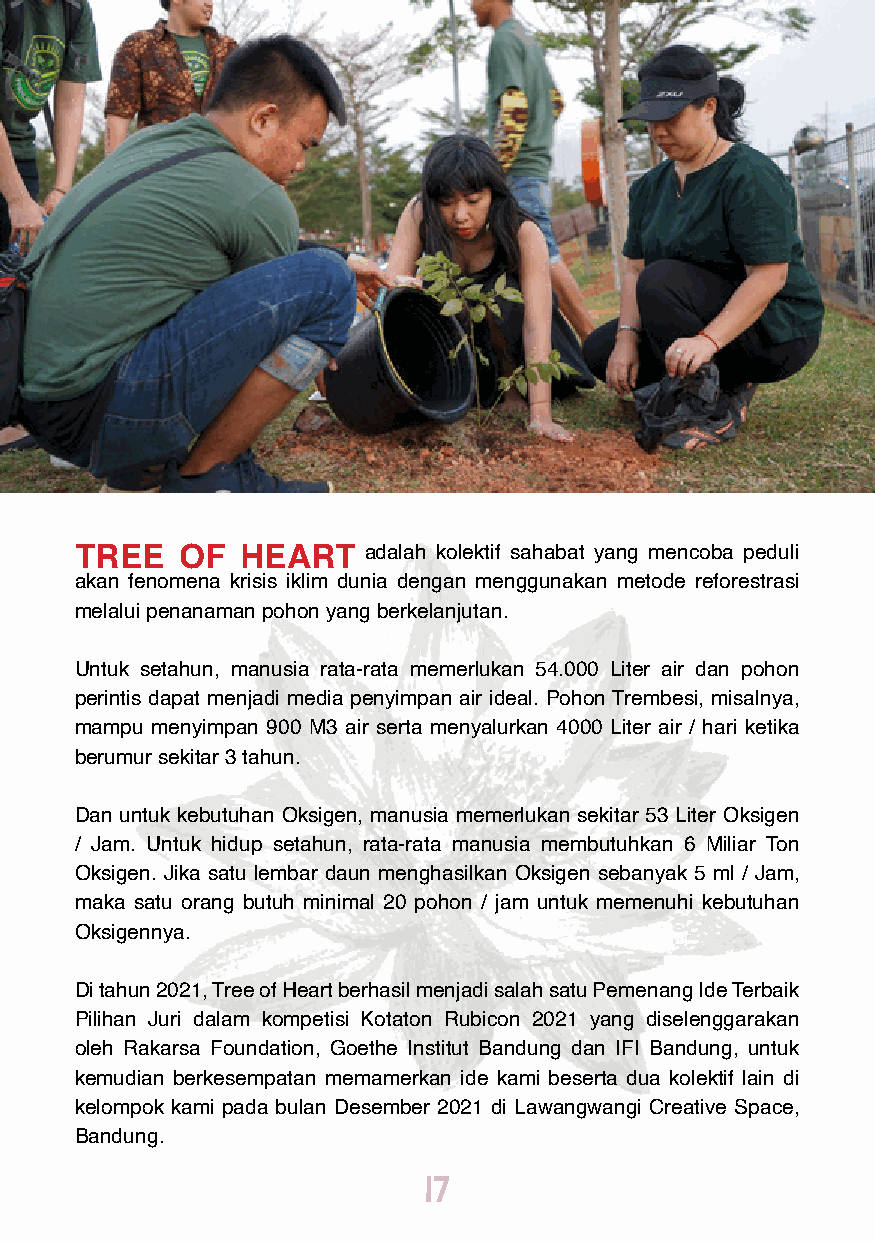
TREE   OF  HEART   adalah kolektif sahabat yang mencoba peduli
 akan fenomena krisis iklim dunia dengan menggunakan metode reforestrasi
 melalui penanaman pohon yang berkelanjutan.
 Untuk setahun, manusia rata-rata memerlukan 54.000 Liter air dan pohon
 perintis dapat menjadi media penyimpan air ideal. Pohon Trembesi, misalnya,
 mampu menyimpan 900 M3 air serta menyalurkan 4000 Liter air / hari ketika
 berumur sekitar 3 tahun.
 Dan untuk kebutuhan Oksigen, manusia memerlukan sekitar 53 Liter Oksigen
 / Jam. Untuk hidup setahun, rata-rata manusia membutuhkan 6 Miliar Ton
 Oksigen. Jika satu lembar daun menghasilkan Oksigen sebanyak 5 ml / Jam,
 maka satu orang butuh minimal 20 pohon / jam untuk memenuhi kebutuhan
 Oksigennya.
 Di tahun 2021, Tree of Heart berhasil menjadi salah satu Pemenang Ide Terbaik
 Pilihan Juri dalam kompetisi Kotaton Rubicon 2021 yang diselenggarakan
 oleh Rakarsa Foundation, Goethe Institut Bandung dan IFI Bandung, untuk
 kemudian berkesempatan memamerkan ide kami beserta dua kolektif lain di
 kelompok kami pada bulan Desember 2021 di Lawangwangi Creative Space,
 Bandung.
 17